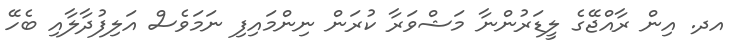
އދ. އިން ރާއްޖޭގެ ލީޑަރުންނާ މަޝްވަރާ ކުރަން ނިންމައިފި ނަމަވެސް އަލިފުދާލާއި ބެހޭ